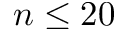
n \leq 2 0